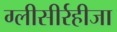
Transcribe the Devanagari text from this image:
ग्‍लीसीर्रहीजा